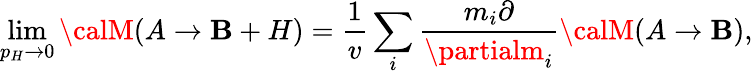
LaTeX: \operatorname*{lim}_{p_{H}\to0}{\calM}(A\to\mathbf{B}+H)={\frac{{1}}{{v}}}\sum_{i}{\frac{{m_{i}\partial}}{{\partialm_{i}}}}{\calM}(A\to\mathbf{B}),